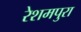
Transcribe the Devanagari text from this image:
रेशमपुरा